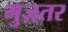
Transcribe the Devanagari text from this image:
मुज़्तर